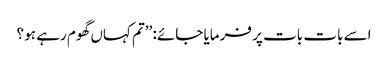
اسے بات بات پر فرمایا جائے: ’’تم کہاں گھوم رہے ہو ؟